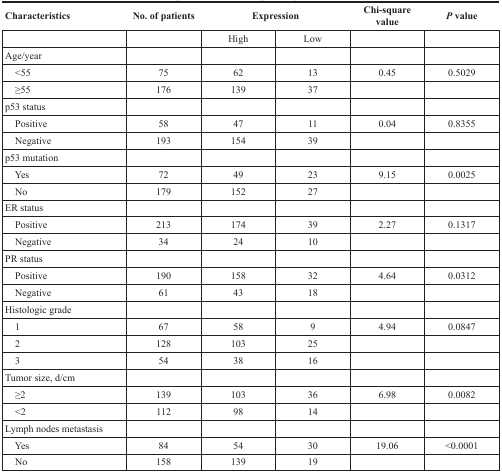
| Characteristics | No. of patients | <COLSPAN=2> Expression | Chi-square value | P value |
 | --- | --- | --- | --- | --- | --- |
 |  |  | High | Low |  |  |
 | Age/year |  |  |  |  |  |
 | <55 | 75 | 62 | 13 | 0.45 | 0.5029 |
 | ≥55 | 176 | 139 | 37 |  |  |
 | p53 status |  |  |  |  |  |
 | Positive | 58 | 47 | 11 | 0.04 | 0.8355 |
 | Negative | 193 | 154 | 39 |  |  |
 | p53 mutation |  |  |  |  |  |
 | Yes | 72 | 49 | 23 | 9.15 | 0.0025 |
 | No | 179 | 152 | 27 |  |  |
 | ER status |  |  |  |  |  |
 | Positive | 213 | 174 | 39 | 2.27 | 0.1317 |
 | Negative | 34 | 24 | 10 |  |  |
 | PR status |  |  |  |  |  |
 | Positive | 190 | 158 | 32 | 4.64 | 0.0312 |
 | Negative | 61 | 43 | 18 |  |  |
 | Histologic grade |  |  |  |  |  |
 | 1 | 67 | 58 | 9 | 4.94 | 0.0847 |
 | 2 | 128 | 103 | 25 |  |  |
 | 3 | 54 | 38 | 16 |  |  |
 | Tumor size, d/cm |  |  |  |  |  |
 | ≥2 | 139 | 103 | 36 | 6.98 | 0.0082 |
 | <2 | 112 | 98 | 14 |  |  |
 | Lymph nodes metastasis |  |  |  |  |  |
 | Yes | 84 | 54 | 30 | 19.06 | <0.0001 |
 | No | 158 | 139 | 19 |  |  |